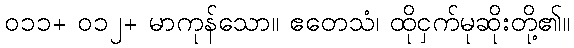
၀၁၁+ ၀၁၂+ မာကုန်သော။ ဧတေသံ၊ ထိုငှက်မုဆိုးတို့၏။